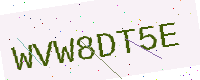
Text: WVW8DT5E